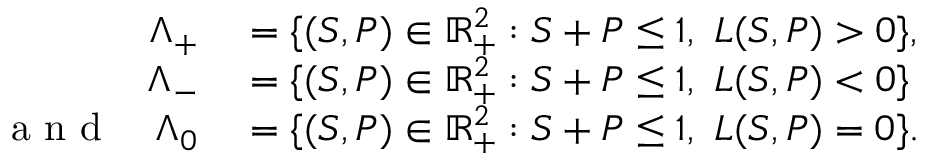
\begin{array} { r l } { \Lambda _ { + } } & { { } = \{ ( S , P ) \in \mathbb { R } _ { + } ^ { 2 } : S + P \le 1 , \ L ( S , P ) > 0 \} , } \\ { \Lambda _ { - } } & { { } = \{ ( S , P ) \in \mathbb { R } _ { + } ^ { 2 } : S + P \le 1 , \ L ( S , P ) < 0 \} } \\ { \mathrm { ~ a ~ n ~ d ~ } \quad \Lambda _ { 0 } } & { { } = \{ ( S , P ) \in \mathbb { R } _ { + } ^ { 2 } : S + P \le 1 , \ L ( S , P ) = 0 \} . } \end{array}